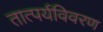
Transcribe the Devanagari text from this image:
तात्पर्यविवरण